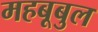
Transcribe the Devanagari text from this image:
महबूबुल